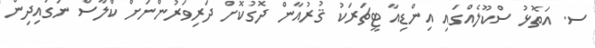
ސ. އަތޮޅު ސްކޫލެއްގައި އިންޑިއާ ޓީޗަރަކު ޤުރުއާން ދޮގުކޮށް ދަރިވަރުންނަށް ކްލާސް ނަގައިދިން